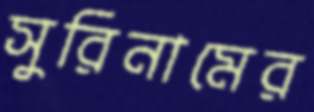
সুরিনামের